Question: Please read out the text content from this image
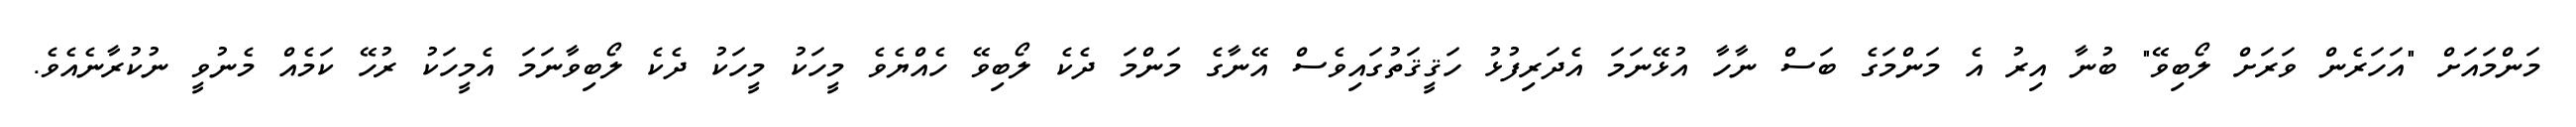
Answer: މަންމައަށް "އަހަރެން ވަރަށް ލޯބިވޭ" ބުނާ އިރު އެ މަންމަގެ ބަސް ނާހާ އުޅޭނަމަ އެދަރިފުޅު ހަޤީޤަތުގައިވެސް އޭނާގެ މަންމަ ދެކެ ލޯބިވޭ ހެއްޔެވެ މީހަކު މީހަކު ދެކެ ލޯބިވާނަމަ އެމީހަކު ރުހޭ ކަމެއް މެނުވީ ނުކުރާނެއެވެ.